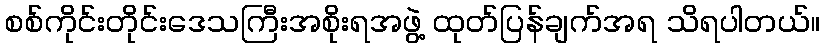
စစ်ကိုင်းတိုင်းဒေသကြီးအစိုးရအဖွဲ့ ထုတ်ပြန်ချက်အရ သိရပါတယ်။